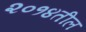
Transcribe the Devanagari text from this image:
२०१४तील